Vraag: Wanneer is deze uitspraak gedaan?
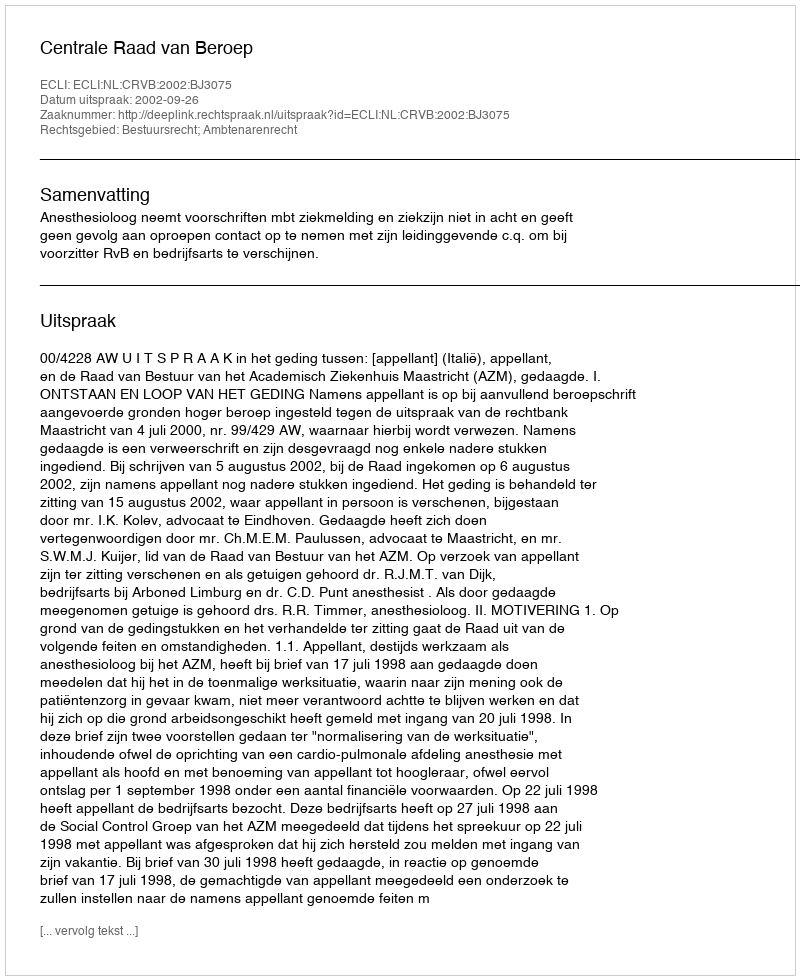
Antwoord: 2002-09-26